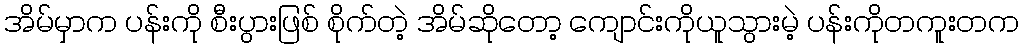
အိမ်မှာက ပန်းကို စီးပွားဖြစ် စိုက်တဲ့ အိမ်ဆိုတော့ ကျောင်းကိုယူသွားမဲ့ ပန်းကိုတကူးတက